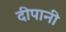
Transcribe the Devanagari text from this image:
दीपानी